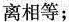
离相等；